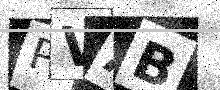
Text: PVAB